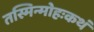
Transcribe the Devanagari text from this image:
तस्मिन्मोहःकथं